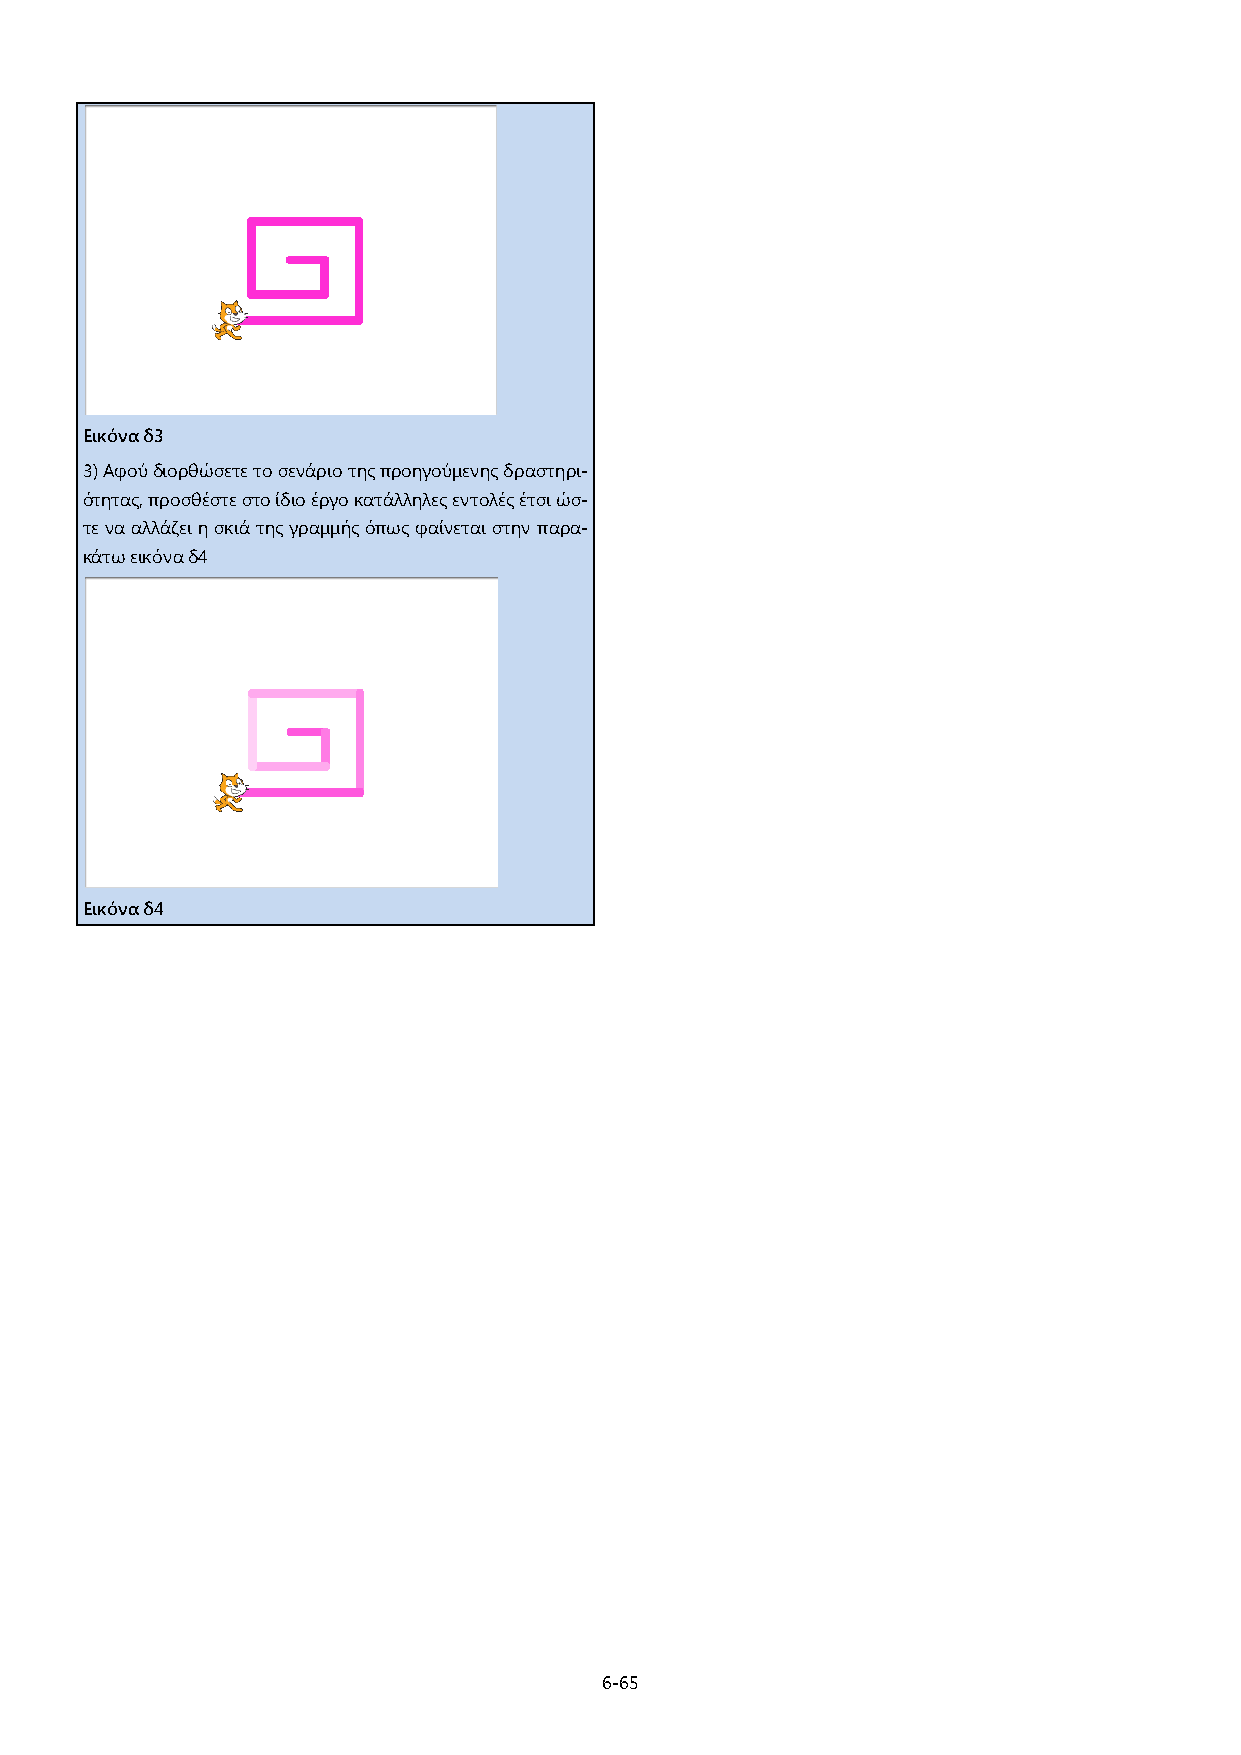
Εικόνα δ3
 3) Αφού διορθώσετε το σενάριο της προηγούμενης δραστηρι-
 ότητας, προσθέστε στο ίδιο έργο κατάλληλες εντολές έτσι ώσ-
 τε να αλλάζει η σκιά της γραμμής όπως φαίνεται στην παρα-
 κάτω εικόνα δ4
 Εικόνα δ4
 6-65